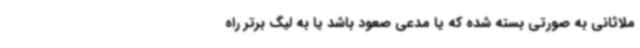
ملاثانی به صورتی بسته شده که یا مدعی صعود باشد یا به لیگ برتر راه